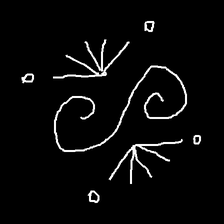
Glyph: aeroform